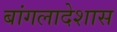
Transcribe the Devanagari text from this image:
बांगलादेशास